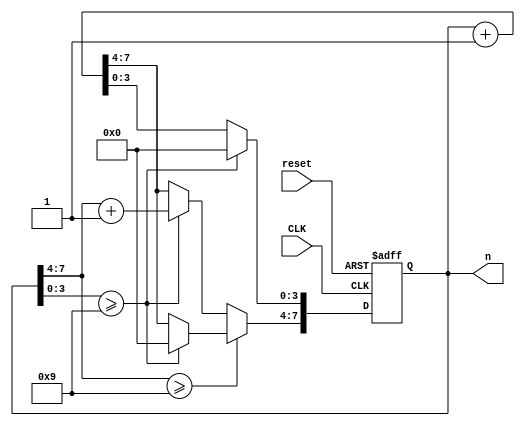
`timescale 1ns / 1ps
//////////////////////////////////////////////////////////////////////////////////
// Company: 
// Engineer: 
// 
// Design Name: 
// Module Name: up_counter
// Project Name: 
// Target Devices: 
// Tool Versions: 
// Description: 
// 
// Dependencies: 
// 
// Revision:
// Revision 0.01 - File Created
// Additional Comments:
// 
//////////////////////////////////////////////////////////////////////////////////


module up_counter(
    input CLK,reset,
    output reg[7:0] n // number
    );
    initial n = 0;

    always @(posedge CLK or posedge  reset) begin
        if (reset)         // reset the number
            n <= 0;
        else begin
            if (n[7:4] >= 9) begin   // n >= 90
                if (n[3:0] >= 9)    // n >= 99 -> n=0
                    n <= 0;
                else                   // 90 <= n < 99 -> n++
                    n <= n + 1;
            end
            else begin                  // n < 90
                if (n[3:0] >= 9) begin       // X9 
                    n[7:4] <= n[7:4] + 1; // tens digit += 1
                    n[3:0] <= 0;             // units digit = 0
                end
                else begin 
                    n <= n + 1;
                end
            end
        end  
    end
endmodule